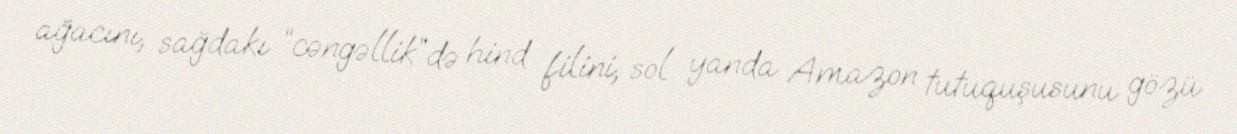
ağacını, sağdakı “cəngəllik”də hind filini, sol yanda Amazon tutuquşusunu gözü